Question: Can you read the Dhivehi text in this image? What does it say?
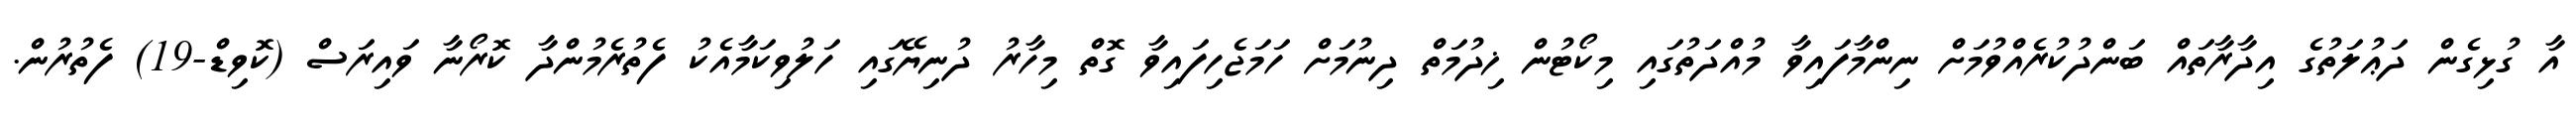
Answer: އާ ގުޅިގެން ދަޢުލަތުގެ އިދާރާތައް ބަންދުކުރެއްވުމަށް ނިންމާފައިވާ މުއްދަތުގައި މިކޯޓުން ޚިދުމަތް ދިނުމަށް ހަމަޖެހިފައިވާ ގޮތް މިހާރު ދުނިޔޭގައި ހަލުވިކަމާއެކު ފެތުރެމުންދާ ކޮރޯނާ ވައިރަސް (ކޮވިޑް-19) ފެތުރުން.